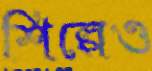
শিল্পেও